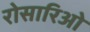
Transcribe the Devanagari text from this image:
रोसारिओ